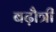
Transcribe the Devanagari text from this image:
बढ़ौत्री